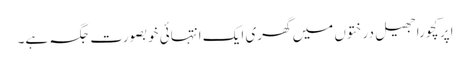
اپر کچورا جھیل درختوں میں گھری ایک انتہائی خوبصورت جگہ ہے۔